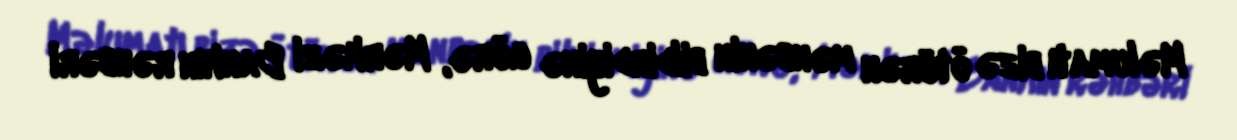
Məlumatı bizə ötürən mənbənin bildirdiyinə görə, Mərkəzi Bankın rəhbəri